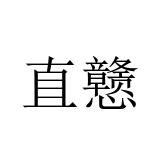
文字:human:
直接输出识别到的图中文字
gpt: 直戆